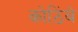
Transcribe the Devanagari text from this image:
कोठिंबे